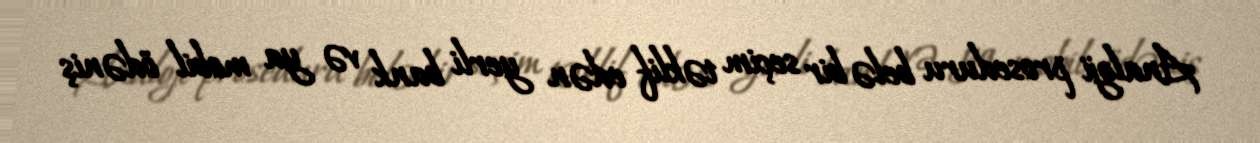
Analoji proseduru belə bir seçim təklif edən yerli bank və ya mobil ödəniş